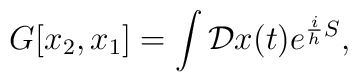
G[x_2, x_1] = \int {\cal D} x(t) e^{{i\over h} S},